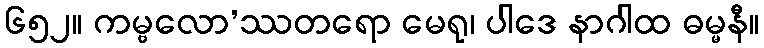
၆၅၂။ ကမ္ဗလော’ဿတရော မေရု၊ ပါဒေ နာဂါထ ဓမ္မနီ။